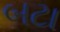
બટા